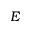
E